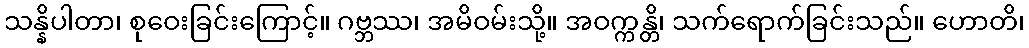
သန္နိပါတာ၊ စုဝေးခြင်းကြောင့်။ ဂဗ္ဘဿ၊ အမိဝမ်းသို့။ အဝက္ကန္တိ၊ သက်ရောက်ခြင်းသည်။ ဟောတိ၊